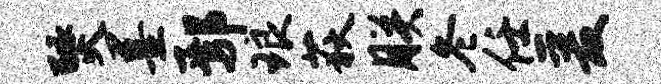
燹墨鄢琅荻朕冬任爰